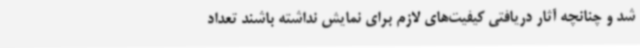
شد و چنانچه آثار دریافتی کیفیت‌های لازم برای نمایش نداشته باشند تعداد